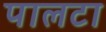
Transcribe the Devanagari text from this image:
पालटा